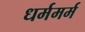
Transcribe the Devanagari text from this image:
धर्ममर्म